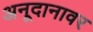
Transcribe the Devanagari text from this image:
अनूदानावर